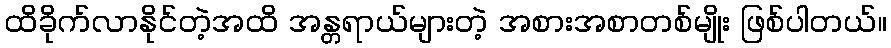
ထိခိုက်လာနိုင်တဲ့အထိ အန္တရာယ်များတဲ့ အစားအစာတစ်မျိုး ဖြစ်ပါတယ်။